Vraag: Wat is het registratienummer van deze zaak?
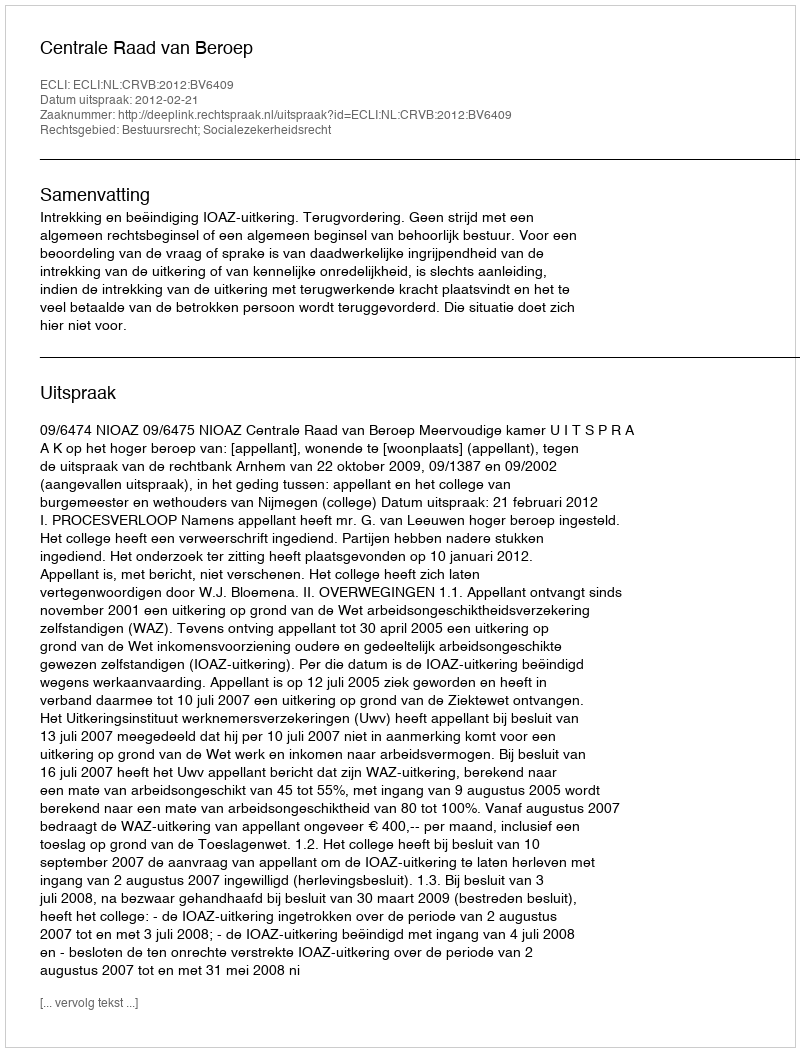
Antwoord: http://deeplink.rechtspraak.nl/uitspraak?id=ECLI:NL:CRVB:2012:BV6409